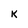
Character: K